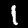
Label: 1